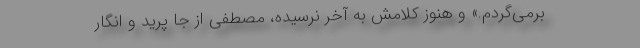
برمی‌گردم.» و هنوز کلامش به آخر نرسیده، مصطفی از جا پرید و انگار